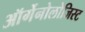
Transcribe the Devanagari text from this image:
ऑर्गेनोलोजिस्ट